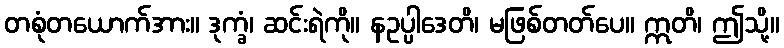
တစုံတယောက်အား။ ဒုက္ခံ၊ ဆင်းရဲကို။ နဥပ္ပါဒေတိ၊ မဖြစ်တတ်ပေ။ ဣတိ၊ ဤသို့။